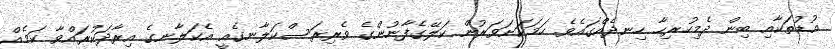
އުޑުތަކާއި ބިން ދެމިހުރިހާ ހިނދެއްގައެވެ. ހަމަކަށަވަރުން ކަލޭގެފާނުންގެ ވެރިރަސްކަލާނގެއީ އެކަލާނގެ އިރާދަކުރައްވާ ކަމެއް